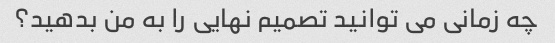
چه زمانی می توانید تصمیم نهایی را به من بدهید؟